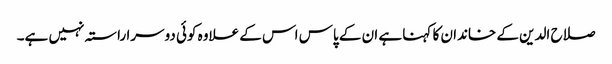
صلاح الدین کے خاندان کا کہنا ہے ان کے پاس اس کے علاوہ کوئی دوسرا راستہ نہیں ہے۔